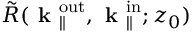
\Tilde { R } ( \textbf { k } _ { \parallel } ^ { \mathrm { o u t } } , \textbf { k } _ { \parallel } ^ { \mathrm { i n } } ; z _ { 0 } )